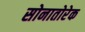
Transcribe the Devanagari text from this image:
सोनातोरेक